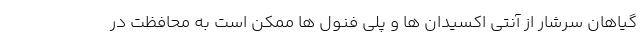
گیاهان سرشار از آنتی اکسیدان ها و پلی فنول ها ممکن است به محافظت در